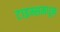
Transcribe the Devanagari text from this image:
टाइम्समधून